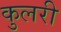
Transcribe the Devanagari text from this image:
कुलरी